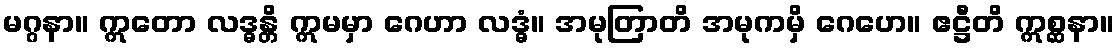
မဂ္ဂနာ။ ဣတော လဒ္ဓန္တိ ဣမမှာ ဂေဟာ လဒ္ဓံ။ အမုတြာတိ အမုကမှိ ဂေဟေ။ ဧဋ္ဌီတိ ဣစ္ဆနာ။